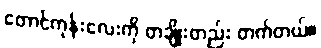
တောင်ကုန်းလေးကို တချိုးတည်း တက်တယ်။